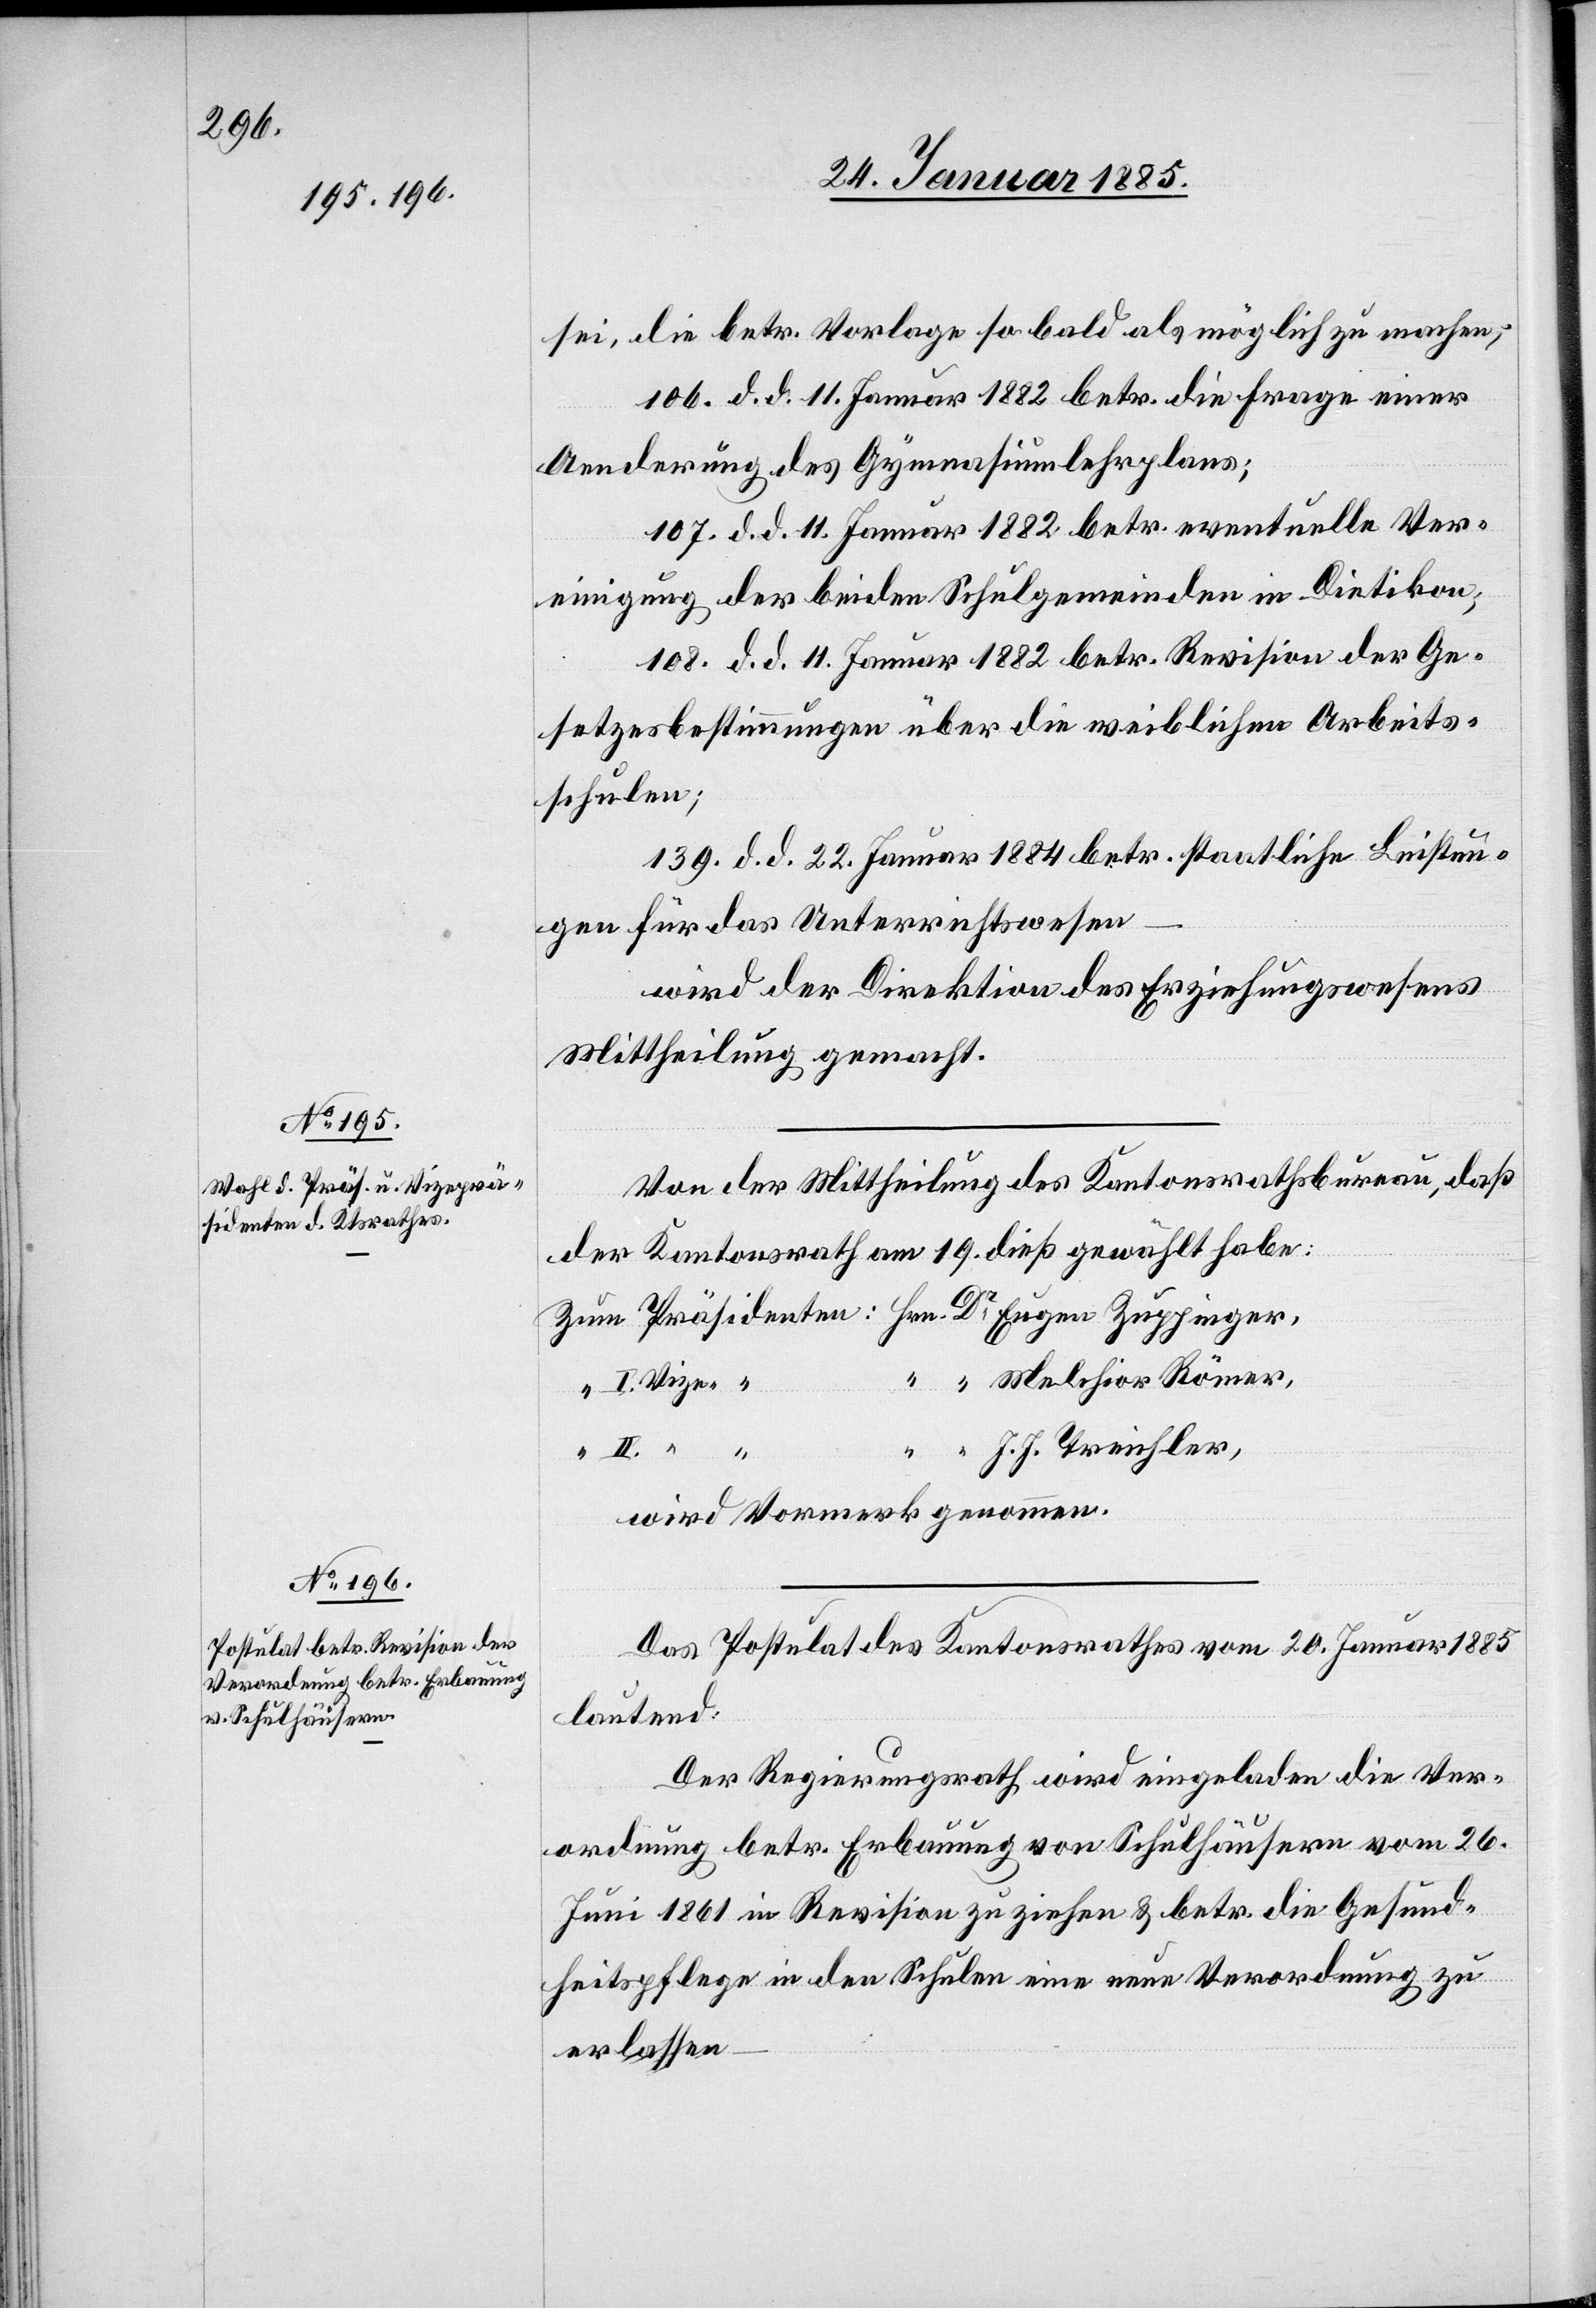
sei, die betr. Vorlage sobald als möglich zu machen;
106. d. d. 11. Januar 1882 betr. die Frage einer
Aenderung des Gymnasiumlehrplans;
107. d. d. 11. Januar 1882 betr. eventuelle Ver¬
einigung der beiden Schulgemeinden in Dietikon;
108. d. d. 11. Januar 1882 betr. Revision der Ge¬
setzesbestimmungen über die weiblichen Arbeits¬
schulen;
139. d. d. 22. Januar 1884 betr. staatliche Leistun¬
gen für das Unterrichtswesen
wird der Direktion des Erziehungswesens
Mittheilung gemacht.
Von der Mittheilung des Kantonsrathsbureau, daß
der Kantonsrath am 19. dieß gewählt habe:
Zum Präsidenten: Hrn. Dr Eugen Zuppinger,
“ “ Melchior Römer,
II. Vize- “
“ “ J. J. Treichler,
wird Vormerk genommen.
Das Postulat des Kantonsrathes vom 20. Januar 1885
lautend:
Der Regierungsrath wird eingeladen die Ver¬
ordnung betr. Erbauung von Schulhäusern vom 26.
Juni 1861 in Revision zu ziehen & betr. die Gesund¬
heitspflege in den Schulen eine neue Verordnung zu
erlassen